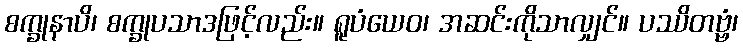
စက္ခုနာပိ၊ စက္ခုပသာဒဖြင့်လည်း။ ရူပံယေဝ၊ အဆင်းကိုသာလျှင်။ ပဿိတဗ္ဗံ၊